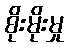
စိုးမိုးမှု